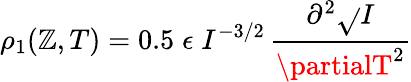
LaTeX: \rho_{1}(\mathbb{Z},T)=0.5\; \epsilon\; I^{-3/2}\, \frac{{\partial^{2}\sqrt{}{{I}}}}{{\partialT^{2}}}